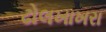
ઢોલખાખરા